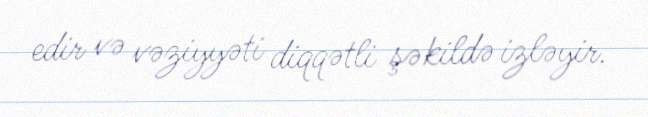
edir və vəziyyəti diqqətli şəkildə izləyir.